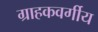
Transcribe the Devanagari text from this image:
ग्राहकवर्गीय